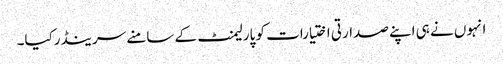
انہوں نے ہی اپنے صدارتی اختیارات کو پارلیمنٹ کے سامنے سرینڈرکیا۔